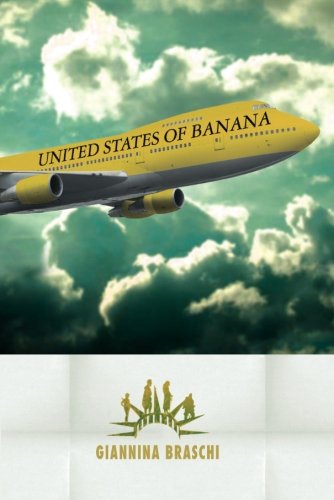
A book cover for United States of Banana; Giannina Braschi; Literature & Fiction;